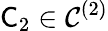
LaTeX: \mathsf C_{2}\in\mathcal C^{(2)}